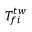
T _ { f i } ^ { t w }